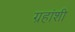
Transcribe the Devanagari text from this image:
ग्रहांशी